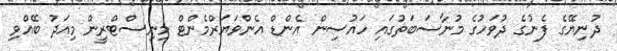
ދުނިޔޭގެ ފެނުގެ ދުވަހުގެ މުނާސަބަތުގައި ހައުސިން އެންޑް އެންވަޔަރްމެންޓް މިނިސްޓްރީން މިއަދު ބޭއްވި